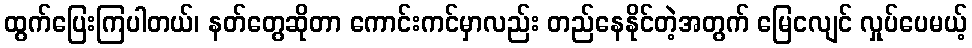
ထွက်ပြေးကြပါတယ်၊ နတ်တွေဆိုတာ ကောင်းကင်မှာလည်း တည်နေနိုင်တဲ့အတွက် မြေငလျင် လှုပ်ပေမယ့်